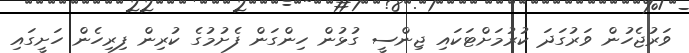
ވަރުޖެހުން ވަރުގަދަ ކުރުމަށްޓަކައި ޖިންސީ ގުޅުން ހިންގަން ފެށުމުގެ ކުރިން ފިރިހެން ހަށީގައި